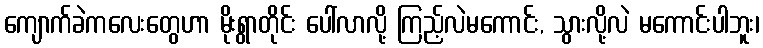
ကျောက်ခဲကလေးတွေဟာ မိုးရွာတိုင်း ပေါ်လာလို့ ကြည့်လဲမကောင်း, သွားလို့လဲ မကောင်းပါဘူး၊